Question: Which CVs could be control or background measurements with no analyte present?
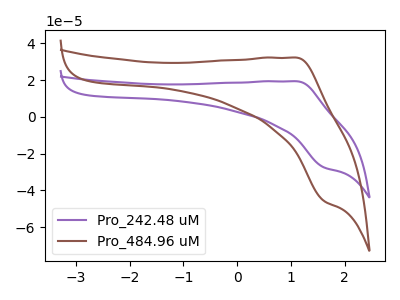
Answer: <think>The purple curve "Pro_242.48 uM" has an anodic peak at (1.10V, 19.35uA) and a cathodic peak at (1.60V, -27.50uA). The brown curve "Pro_484.96 uM" has an anodic peak at (1.10V, 32.20uA) and a cathodic peak at (1.60V, -45.75uA).</think>
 <answer>There are not any CV's on this graph that are likely to be blanks.</answer>
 <eval>none</eval>